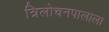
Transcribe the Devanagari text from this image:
त्रिलोचनपालाला